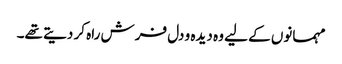
مہمانوں کے لیے وہ دیدہ و دل فرش راہ کر دیتے تھے۔